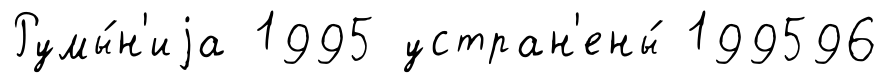
Румы́н'иjа 1995 устран'ены́ 199596